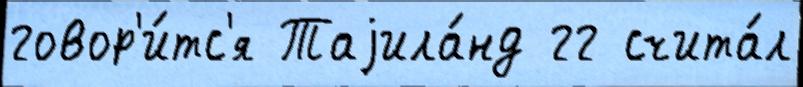
говор'и́тс'я Таjила́нд гг счита́л